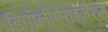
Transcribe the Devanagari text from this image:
डिपॉलीमेराइज़ेशन